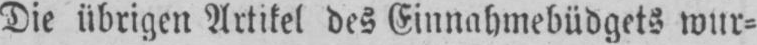
Die übrigen Artikel des Einnahmebüdgets wur⸗